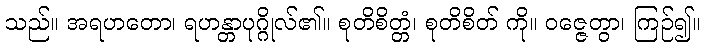
သည်။ အရဟတော၊ ရဟန္တာပုဂ္ဂိုလ်၏။ စုတိစိတ္တံ၊ စုတိစိတ် ကို။ ဝဇ္ဇေတွာ၊ ကြဉ်၍။